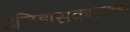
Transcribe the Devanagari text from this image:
इतिहासकारकही